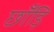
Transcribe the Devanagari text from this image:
छाँड़ि